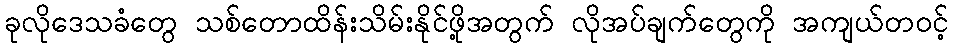
ခုလိုဒေသခံတွေ သစ်တောထိန်းသိမ်းနိုင်ဖို့အတွက် လိုအပ်ချက်တွေကို အကျယ်တဝင့်